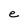
Character: e